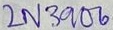
Text: 2N3906